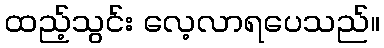
ထည့်သွင်း လေ့လာရပေသည်။